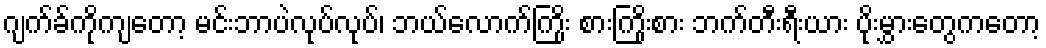
ဂျက်ခ်ကိုကျတော့ မင်းဘာပဲလုပ်လုပ်၊ ဘယ်လောက်ကြိုး စားကြိုးစား ဘက်တီးရီးယား ပိုးမွှားတွေကတော့